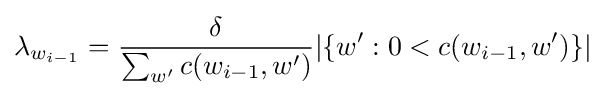
\lambda _{w_{i-1}}={\frac {\delta }{\sum _{w'}c(w_{i-1},w')}}|\{w':0<c(w_{i-1},w')\}|